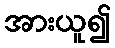
အားယူ၍